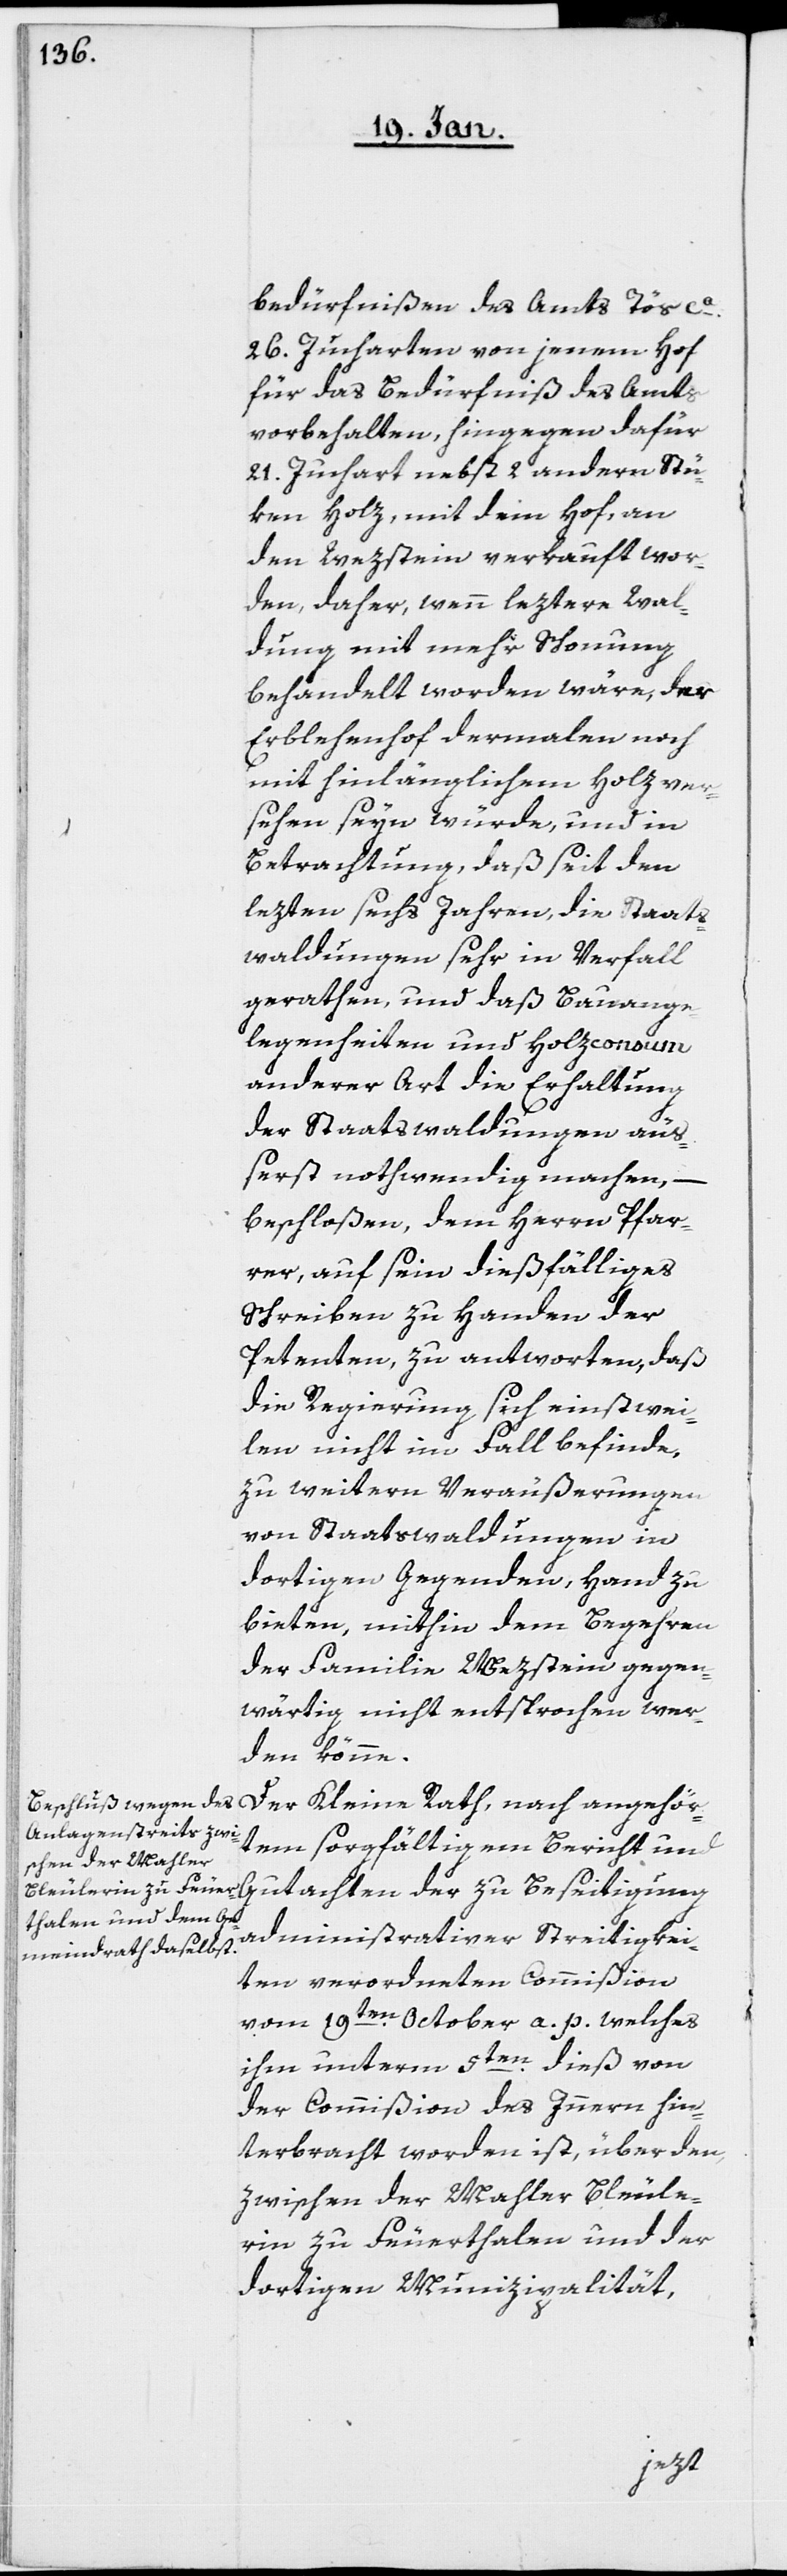
bedürfnißen des Amts Tös, ca.
26. Jucharten von jenem Hof
für das Bedürfniß des Amts
vorbehalten, hingegen dafür
21. Juchart nebst 2 anderen Stü¬
ken Holz, mit dem Hof, an
den Wezstein verkauft wor¬
den, daher, wenn leztere Wal¬
dung mit mehr Schonung
behandelt worden wäre, der
Erblehenhof dermalen noch
mit hinlänglichem Holz ver¬
sehen seyn würde, und in
Betrachtung, daß seit den
lezten sechs Jahren, die Staats¬
waldungen sehr in Verfall
gerathen, und daß Bauange¬
legenheiten und Holzconsum
anderer Art die Erhaltung
der Staatswaldungen äuß¬
erst nothwendig machen, –
beschloßen, dem Herrn Pfar¬
rer, auf sein dießfälliges
Schreiben zu Handen der
Petenten zu antworten, daß
die Regierung sich einstwei¬
len nicht im Fall befinde,
zu weitern Veräußerungen
von Staatswaldungen in
dortigen Gegenden Hand zu
bieten, mithin dem Begehren
der Familie Wezstein gegen¬
wärtig nicht entsprochen wer¬
den könne.
Der Kleine Rath, nach angehör¬
tem sorgfältigem Bericht und
Gutachten der zu Beseitigung
administrativer Streitigkei¬
ten verordneten Commißion
vom 19ten October a. p., welches
ihm unterm 5ten dieß von
der Commißion des Innern hin¬
terbracht worden ist, über den,
zwischen der Mahler Bleule¬
rin zu Feuerthalen und der
dortigen Munizipalität,